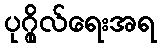
ပုဂ္ဂိုလ်ရေးအရ